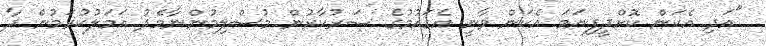
"އަދި އެކަން ކޮށްދީފިނަމަ އެކަން ވާނީ އެގައުމުގެ ސަރުކާރުން މުސްލިމުންނާމެދު އަމަލުކުރަމުން ދާ